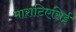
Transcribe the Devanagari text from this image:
माराटिएसिई